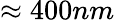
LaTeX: \approx 400nm